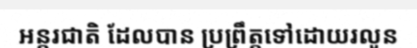
អន្តរជាតិ ដែលបាន ប្រព្រឹត្តទៅដោយរលូន